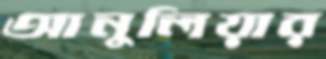
আনুলিয়ার